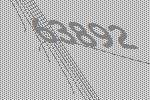
63892